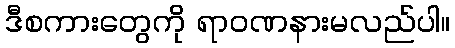
ဒီစကားတွေကို ရာဝဏနားမလည်ပါ။